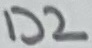
Text: D2